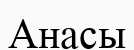
Анасы